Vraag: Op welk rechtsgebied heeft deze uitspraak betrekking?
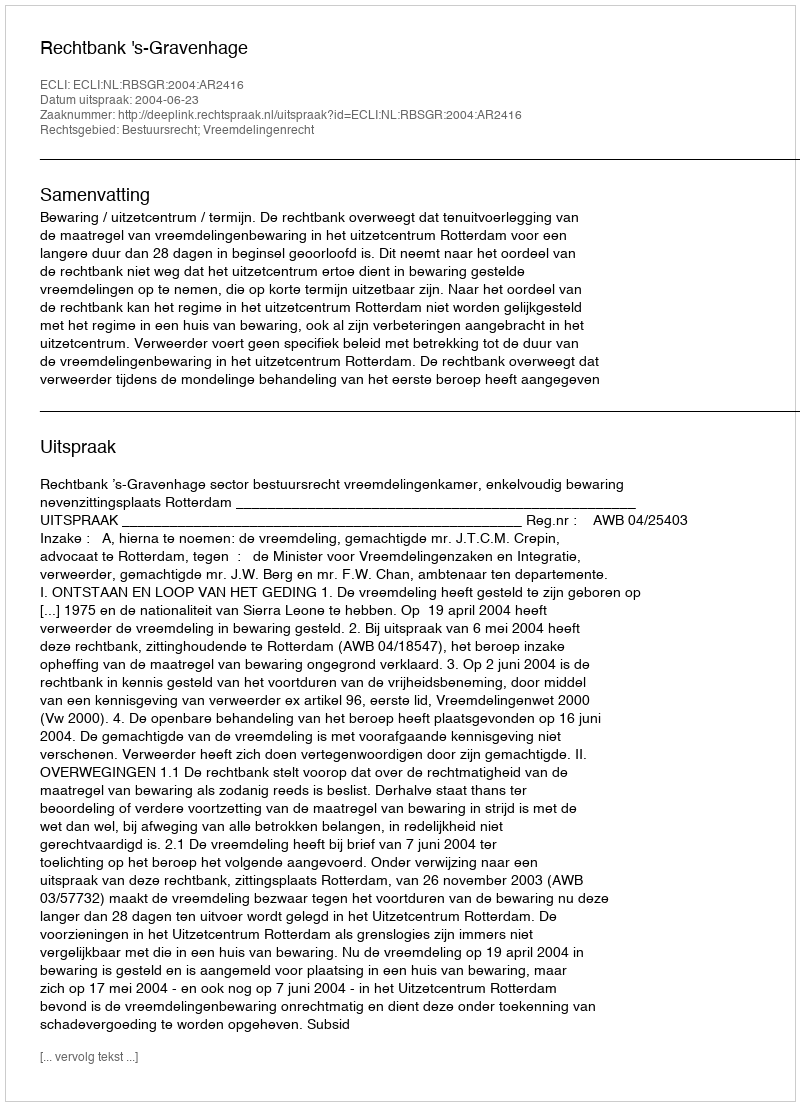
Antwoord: Bestuursrecht; Vreemdelingenrecht